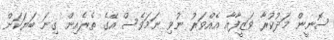
ސޮނީން މަދުކުރާ ވަޒީފާއާ އެއްވަރު ނުވި ނަމަވެސް އޭގެ ތެރެއިން ގިނަ ބަޔަކަށް